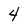
Character: 4